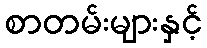
စာတမ်းများနှင့်